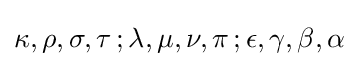
\kappa ,\rho ,\sigma ,\tau \,;\lambda ,\mu ,\nu ,\pi \,;\epsilon ,\gamma ,\beta ,\alpha